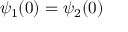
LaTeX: \psi _ { 1 } ( 0 ) = \psi _ { 2 } ( 0 )